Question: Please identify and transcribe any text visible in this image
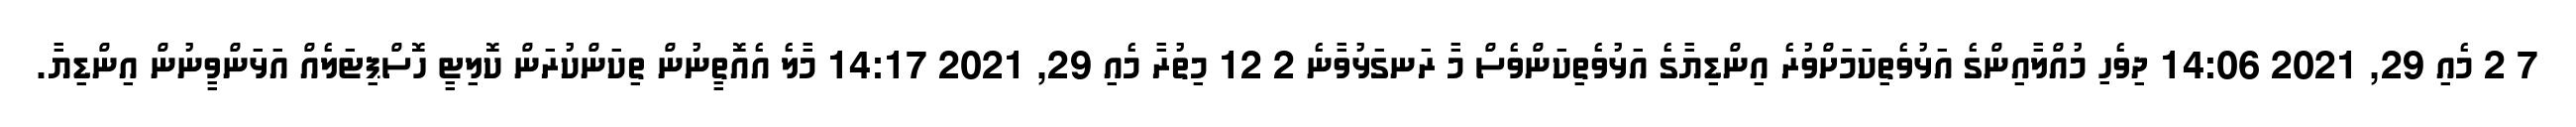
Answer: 7 2 މެއި 29, 2021 14:06 ދިވެހި މުއްލާއިންގެ އަޅުވެތިކަމަށްވުރެ އިންޑިޔާގެ އަޅުވެތިކަންވެސް މާ ރަނގަޅުވާނެ 2 12 މިތުރާ މެއި 29, 2021 14:17 މާލެ އެއޮތީނުން ތިކަންކުރަން ކޮލިޓީ ހޮސްޕިޓަލެއް އަޅަންވީނުން އިންޑިޔާ.